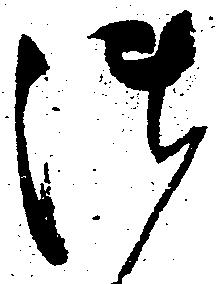
御